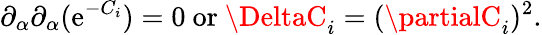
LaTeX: \partial_{\alpha}\partial_{\alpha}(\mathrm{e}^{-C_{i}})=0~\mathrm{{or}}~\DeltaC_{i}=(\partialC_{i})^{2}.